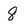
Character: 8